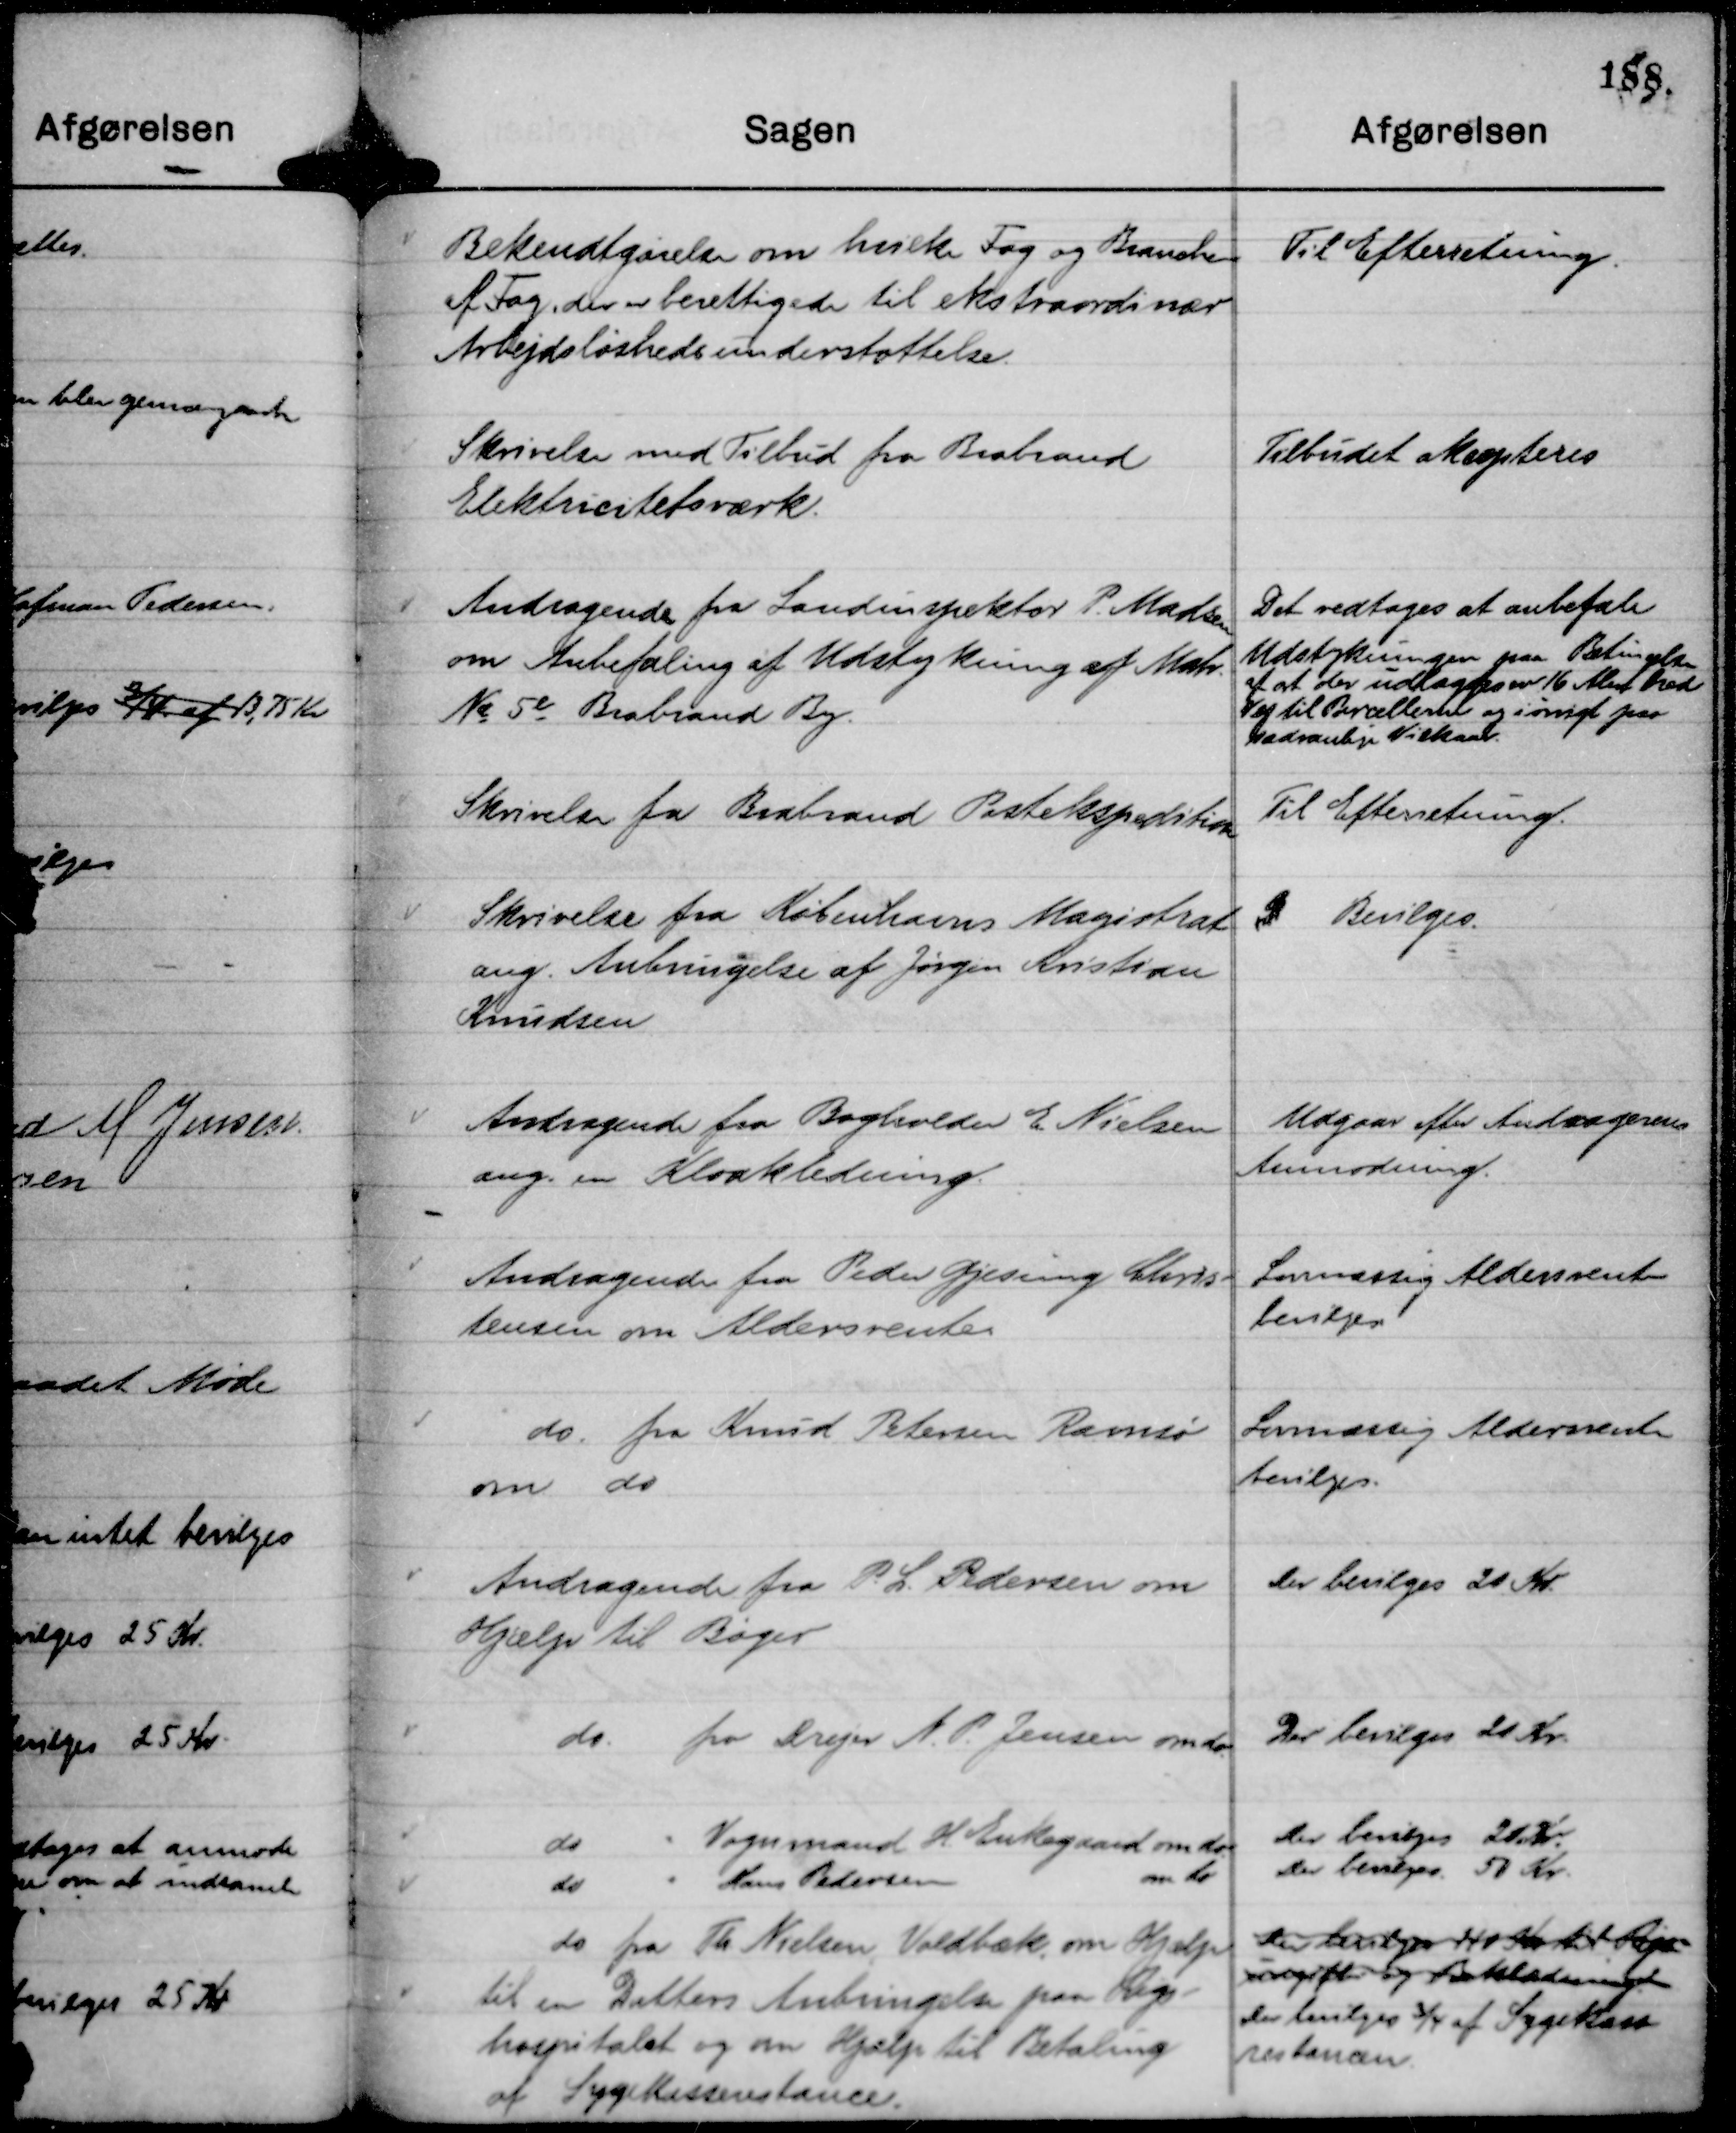
Transskription:
Bekendtgørelse om hvilke Fag og Brancher
af Fag, der er berettigede til ekstraordinær
Arbejdsløshedsunderstøttelse.

Til Efterretning.

Skrivelse med Tilbud fra Brabrand
Elektricitetsværk.

Tilbudet akcepteres

Andragende fra Landinspektør P. Madsen
om Anbefaling af Udstykning af Matr.
No 5 e Brabrand By.

Det vedtages at anbefale
Udstykningen paa Betingelse
af at der udlægges en 16 Alen Bred
Vej til Parcellerne og iøvrigt paa
sædvanlige Vilkaar.

Skrivelse fra Brabrand Postekspedition

Til Efterretning.

Skrivelse fra Københavns Magistrat
ang. Anbringelse af Jørgen Kristian
Knudsen

D Bevilges.

Andragende fra Bogholder E. Nielsen
ang. en Kloakledning.

Udgaar efter Andragerens
Anmodning.

Andragende fra Peder Gjesing Chris-
tensen om Aldersrente.

Lovmæssig Aldersrente
bevilges

do. fra Knud Petersen Ramsø
om do

Lovmæssig Aldersrente
bevilges.

Andragende fra P. L. Pedersen om
Hjælp til Bøger

Der bevilges 20 Kr.

do. fra Drejer N. P. Jensen om do.

Der bevilges 20 Kr.

do
" Vognmand H. Enkegaard om do.

Der bevilges 20 Kr.

do
" Hans Pedersen
om do

Der bevilges 50 Kr.

do fra Th Nielsen, Voldbæk om Hjælp
til en Datters Anbringelse paa Rigs-
hospitalet og om Hjælp til Betaling
af Sygekasserestance.

Der bevilges 110 Kr til Rigs-
udgifter og Beklædninge
Der bevilges ¾ af Sygekass
restancen.